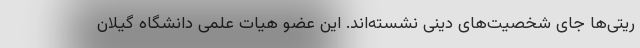
ریتی‌ها جای شخصیت‌های دینی نشسته‌اند. این عضو هیات علمی دانشگاه گیلان